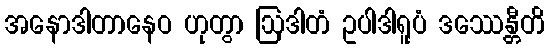
အနောဒါတာနေဝ ဟုတွာ ဩဒါတံ ဥပါဒါရူပံ ဒဿေန္တီတိ